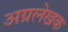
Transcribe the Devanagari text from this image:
अग्रलेखक